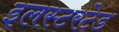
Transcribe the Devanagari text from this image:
इलस्टरटेड